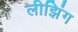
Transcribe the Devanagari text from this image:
लीझिंग